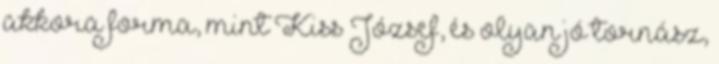
akkora forma, mint Kiss József, és olyan jó tornász,